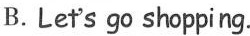
B. Let's go shopping.